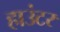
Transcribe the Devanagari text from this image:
हाउंटर